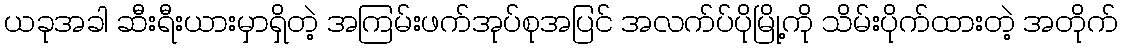
ယခုအခါ ဆီးရီးယားမှာရှိတဲ့ အကြမ်းဖက်အုပ်စုအပြင် အလက်ပ်ပိုမြို့ကို သိမ်းပိုက်ထားတဲ့ အတိုက်